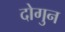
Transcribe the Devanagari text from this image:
दोगुन